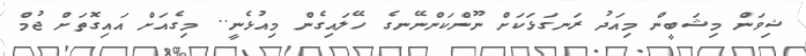
ޝިވަން މިޝަބީން މިއަދު ރަނގަޅަކަށް ނޫންކަންނޭނގެ ހޭލައިގެން މިއުޅެނީ.. މިގެއަށް އައިގޮތަށް ޖުމް